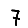
Digit: 7